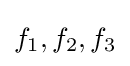
f_{1},f_{2},f_{3}